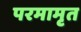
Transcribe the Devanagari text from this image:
परमामृत